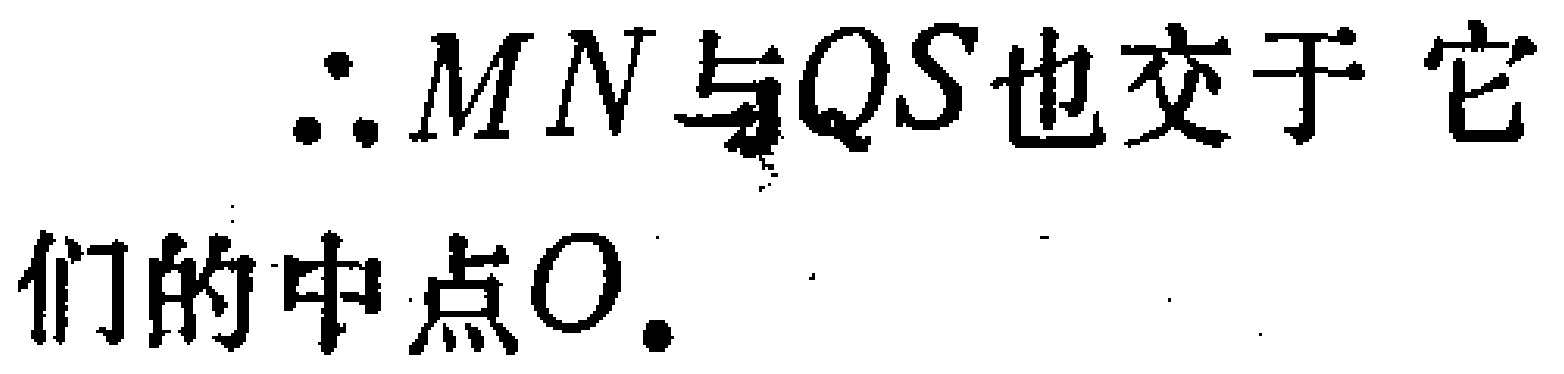
\(\therefore MN与QS也交于它\\们的中点O.\)